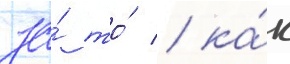
за́ то́ / ка́к